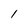
Character: 1